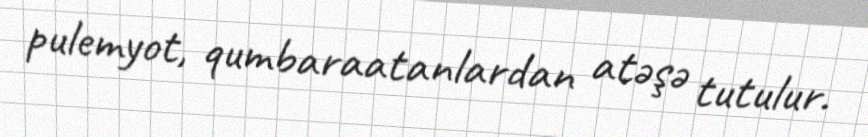
pulemyot, qumbaraatanlardan atəşə tutulur.